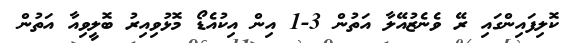
ކޮލިފައިންގައި ރޭ ވެނެޒުއޭލާ އަތުން 3-1 އިން އިކުއެޑޯ މޮޅުވިއިރު ބޮލީވިއާ އަތުން